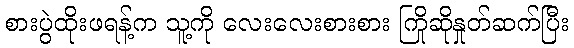
စားပွဲထိုးဖရန့်က သူ့ကို လေးလေးစားစား ကြိုဆိုနှုတ်ဆက်ပြီး